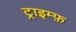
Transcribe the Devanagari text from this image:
ट्राइम्फ़